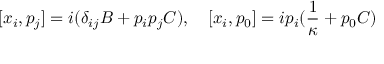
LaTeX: [ x _ { i } , p _ { j } ] = i ( \delta _ { i j } B + p _ { i } p _ { j } C ) , \quad [ x _ { i } , p _ { 0 } ] = i p _ { i } ( \frac { 1 } { \kappa } + p _ { 0 } C )